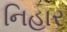
નિહાર